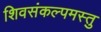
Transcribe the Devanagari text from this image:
शिवसंकल्पमस्तु